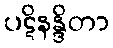
ပဋိနန္ဒိတာ